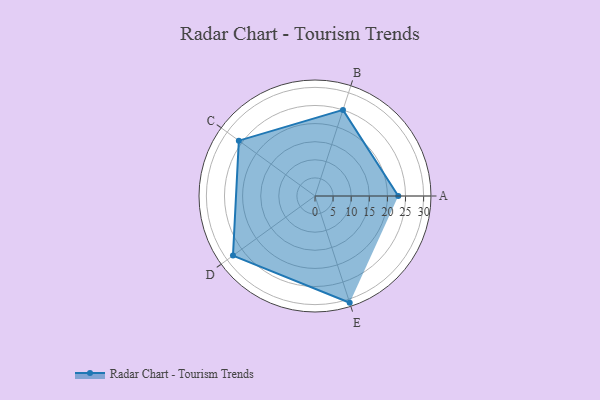
{"axis": {"x": "Skill", "y": "Score"}, "legend": ["Profile"], "data": [{"x": "A", "y": 23.0, "type": "Profile"}, {"x": "B", "y": 25.0, "type": "Profile"}, {"x": "C", "y": 26.0, "type": "Profile"}, {"x": "D", "y": 28.0, "type": "Profile"}, {"x": "E", "y": 31.0, "type": "Profile"}]}